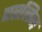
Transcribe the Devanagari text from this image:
बरलिन